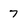
Character: 7